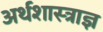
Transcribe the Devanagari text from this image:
अर्थशास्त्राज्ञ